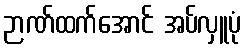
ဉာဏ်ထက်အောင် အပ်လှူပုံ